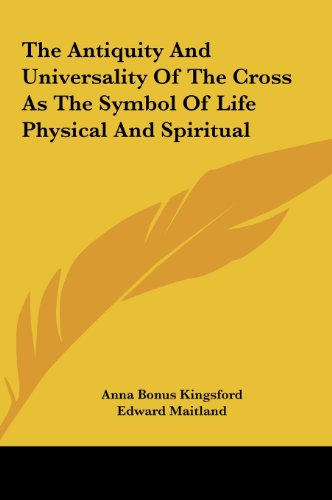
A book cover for The Antiquity And Universality Of The Cross As The Symbol Of Life Physical And Spiritual; Anna Bonus Kingsford; Computers & Technology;